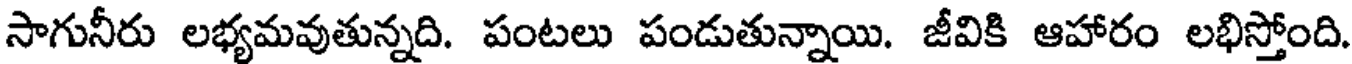
సాగునీరు లభ్యమవుతున్నది. పంటలు పండుతున్నాయి. జీవికి ఆహారం లభిస్తోంది.